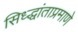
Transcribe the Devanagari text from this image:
सिध्द्धांताप्रमाणे